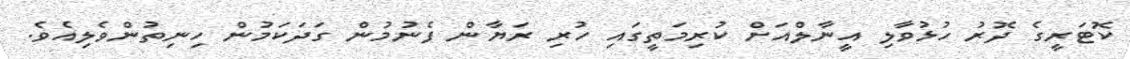
ކޮޓަރީގެ ދޮރު ހުޅުވާލި އީނާލްއަށް ކުރިމަތީގައި ހުރި ރަޔާން ފެނުމުން ގަދަކަމުން ހިނިތުންވެލިއެވެ.